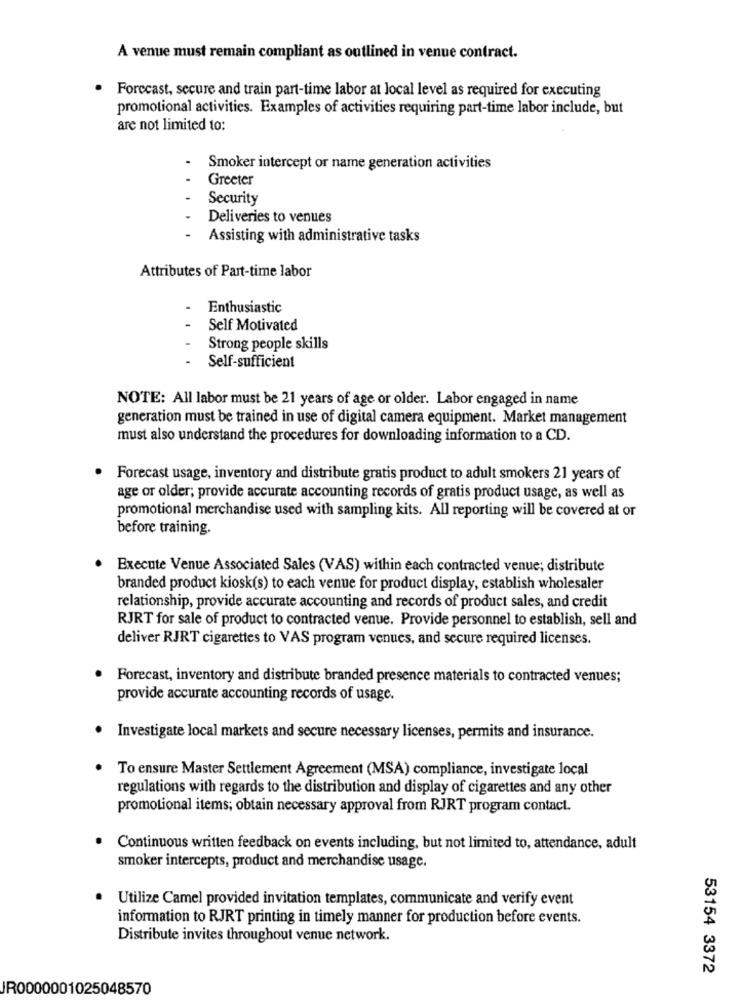
A venue must remain compliant as outlined in venue contract.
.
Forecast, secure and train part-time labor at local level as required for executing
promotional activities. Examples of activities requiring part-time labor include, but
are not limited to:
Smoker intercept or name generation activities
Greeter
Security
Deliveries to venues
Assisting with administrative tasks
Attributes of Part-time labor
Enthusiastic
..
Self Motivated
Strong people skills
Self-sufficient
NOTE: All labor must be 21 years of age or older. Labor engaged in name
generation must be trained in use of digital camera equipment. Market management
must also understand the procedures for downloading information to a CD.
.
Forecast usage, inventory and distribute gratis product to adult smokers 21 years of
age or older; provide accurate accounting records of gratis product usage, as well as
promotional merchandise used with sampling kits. All reporting will be covered at or
before training.
Execute Venue Associated Sales (VAS) within each contracted venue; distribute
branded product kiosk(s) to each venue for product display, establish wholesaler
relationship, provide accurate accounting and records of product sales, and credit
RJRT for sale of product to contracted venue. Provide personnel to establish, sell and
deliver RJRT cigarettes to VAS program venues, and secure required licenses.
· Forecast, inventory and distribute branded presence materials to contracted venues;
provide accurate accounting records of usage.
Investigate local markets and secure necessary licenses, permits and insurance.
To ensure Master Settlement Agreement (MSA) compliance, investigate local
regulations with regards to the distribution and display of cigarettes and any other
promotional items; obtain necessary approval from RJRT program contact.
Continuous written feedback on events including, but not limited to, attendance, adult
smoker intercepts, product and merchandise usage.
Utilize Camel provided invitation templates, communicate and verify event
information to RJRT printing in timely manner for production before events.
Distribute invites throughout venue network.
53154 3372
IR0000001025048570